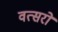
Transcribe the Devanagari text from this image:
वत्सरो